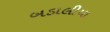
બડાલીયા